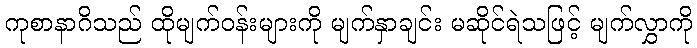
ကုစာနာဂိသည် ထိုမျက်ဝန်းများကို မျက်နှာချင်း မဆိုင်ရဲသဖြင့် မျက်လွှာကို